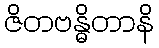
ဇိတဗန္ဓိတာနိ